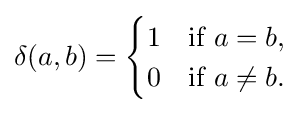
\delta (a,b)={\begin{cases}1&{\text{if }}a=b,\\0&{\text{if }}a\neq b.\end{cases}}